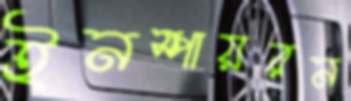
ইনস্পায়রন